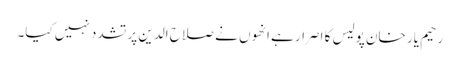
رحیم یار خان پولیس کا اصرار ہے انھوں نے صلاح الدین پر تشدد نہیں کیا۔